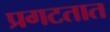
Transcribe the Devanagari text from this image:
प्रगटतात